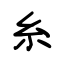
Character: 糸